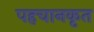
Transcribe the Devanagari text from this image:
पहचानकृत